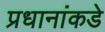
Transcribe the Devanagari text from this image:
प्रधानांकडे